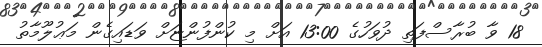
18 ވާ ބުރާސްފަތި ދުވަހުގެ 13:00 އަށް މި ކުންފުންޏަށް ވަޑައިގެން މަޢުލޫމާތު